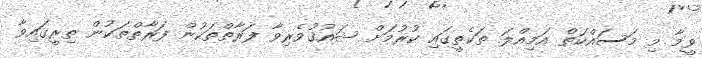
ވީމާ މި މަސައްކަތް އަމިއްލަ ތަކެތީގައި ކުރުމަށް ޝައުޤުވެރިވާ ފަރާތްތަކުން ފަރާތްތަކުން ތިރީގައިވާ